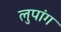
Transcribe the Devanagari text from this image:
लुपांग